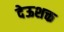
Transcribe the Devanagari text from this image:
देऊशक्त